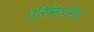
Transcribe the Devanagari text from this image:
परिनियमित